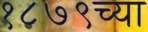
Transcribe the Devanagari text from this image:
१८७९च्या